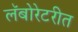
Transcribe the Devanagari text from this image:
लॅबोरेटरीत